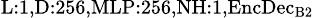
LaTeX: _{\textrm{L}:1,\textrm{D}:256,\textrm{MLP}:256,\textrm{NH}:1,\textrm{EncDec}_{\textrm{B}2}}